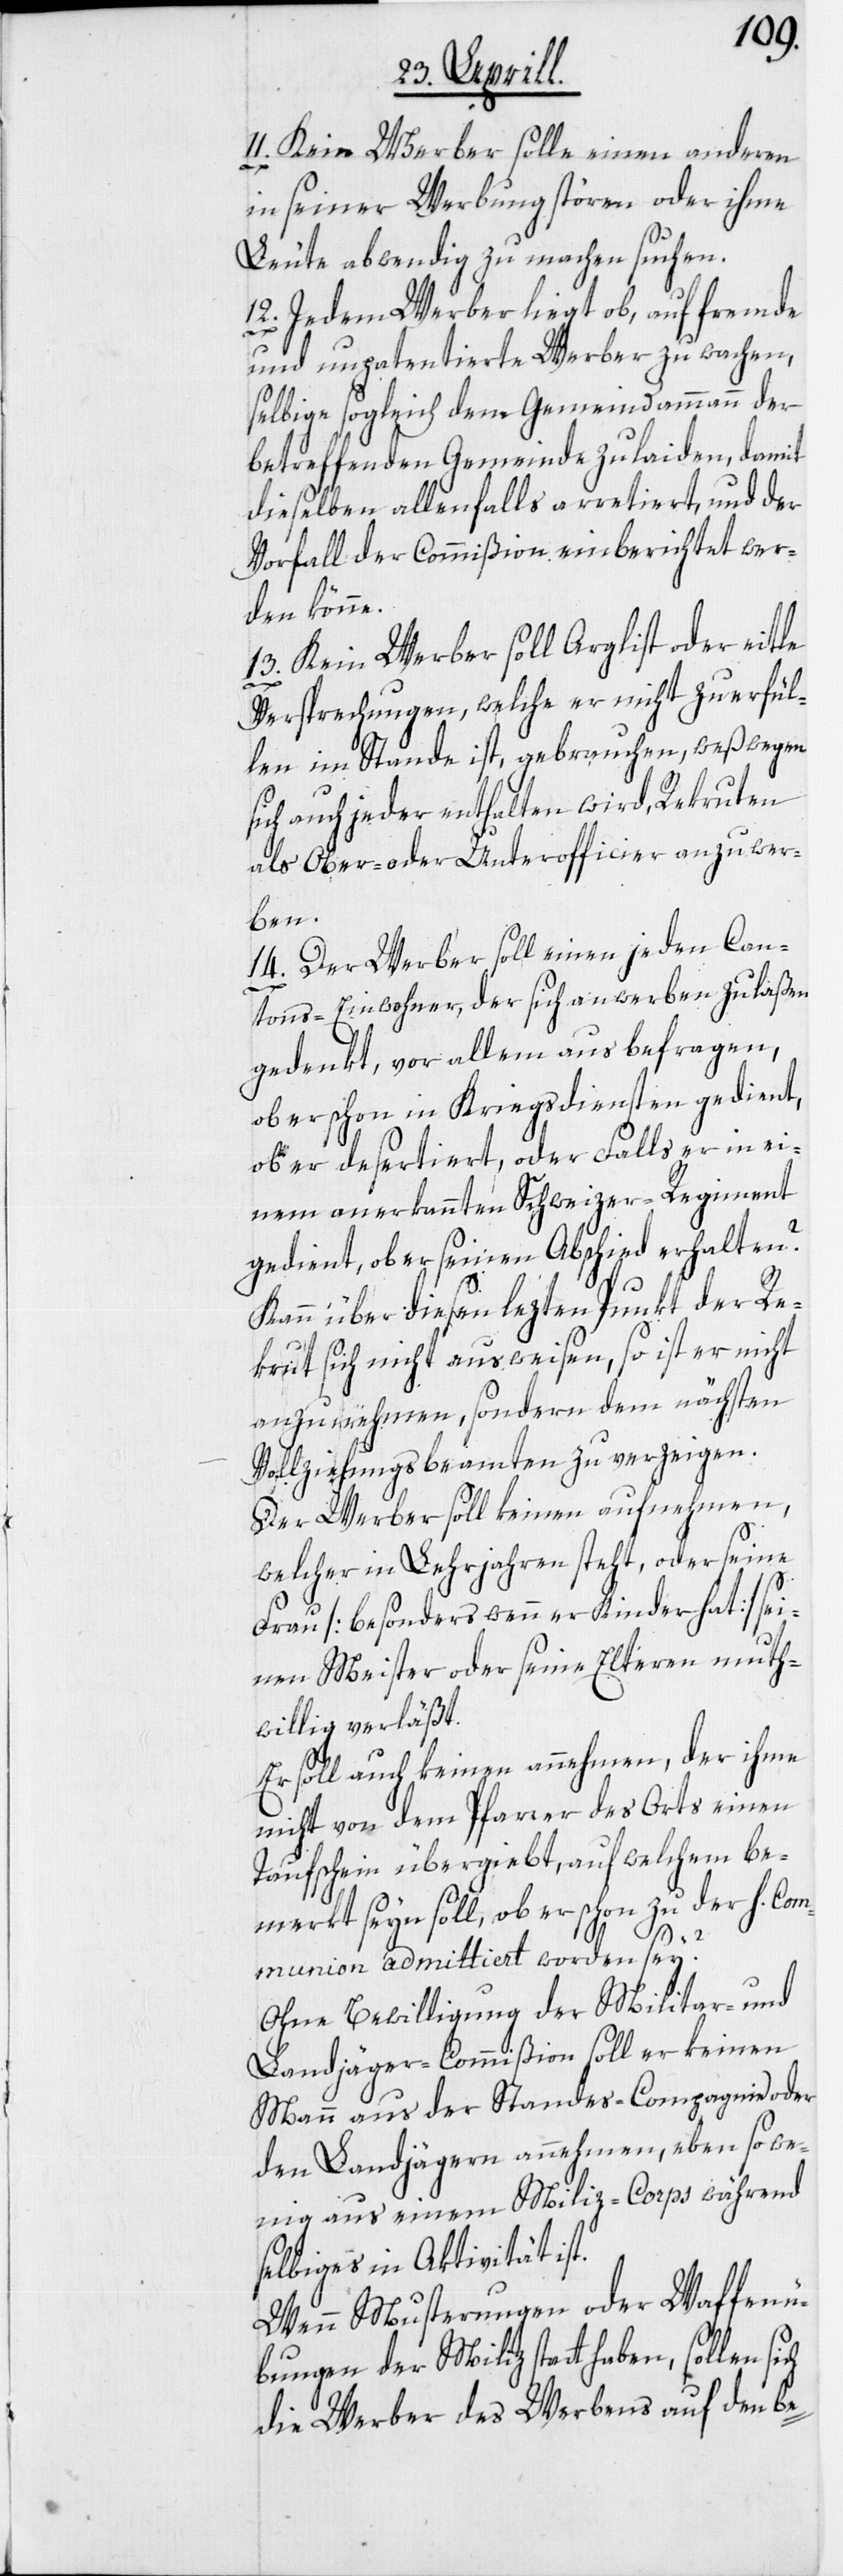
11. Kein Werber solle einen anderen
in seiner Werbung stören oder ihme
Leute abwendig zu machen suchen.
12. Jedem Werber liegt ob, auf fremde
und unpatentierte Werber zu wachen,
selbige sogleich dem Gemeindammann der
betreffenden Gemeinde zu laiden, damit
dieselben allenfalls arretiert, und der
Vorfall der Commißion einberichtet wer¬
den könne.
13. Kein Werber soll Arglist oder eitle
Versprechungen, welche er nicht zu erfül¬
len im Stande ist, gebrauchen, weßwegen
sich auch jeder enthalten wird, Rekruten
als Ober- oder Unterofficier anzuwer¬
ben.
14. Der Werber soll einen jeden Can¬
tons-Einwohner, der sich anwerben zu laßen
gedenkt, vor allem aus befragen,
ob er schon in Kriegsdiensten gedient,
ob er desertiert, oder Falls er in ei¬
nem anerkannten Schweizer-Regiment
gedient, ob er seinen Abschied erhalten?
Kann über diesen lezten Punkt der Re¬
krut sich nicht ausweisen, so ist er nicht
anzunehmen, sondern dem nächsten
Vollziehungsbeamten zu verzeigen.
Der Werber soll keinen aufnehmen,
welcher in Lehrjahren steht, oder seine
Frau [besonders wenn er Kinder hat] sei¬
nen Meister oder seine Elteren muth¬
willig verläßt.
Er soll auch keinen annehmen, der ihme
nicht von dem Pfarrer des Orts einen
Taufschein übergiebt, auf welchem be¬
merkt seyn soll, ob er schon zu der h. Com¬
munion admittiert worden sei?
Ohne Bewilligung der Militar- und
Landjäger-Commißion soll er keinen
Mann aus der Standes-Compagnie oder
den Landjägern annehmen, eben so we¬
nig aus einem Miliz-Corps während
selbiges in Aktivität ist.
Wenn Musterungen oder Waffenü¬
bungen der Miliz statthaben, sollen
die Werber des Werbens auf den be-